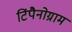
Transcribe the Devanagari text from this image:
टिंपैनोग्राम